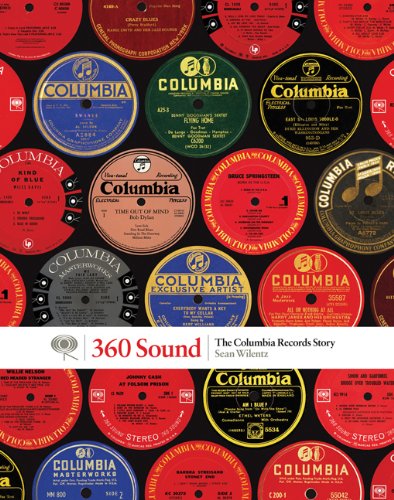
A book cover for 360 Sound: The Columbia Records Story; Sean Wilentz; Arts & Photography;